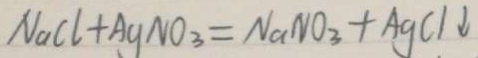
N a C l + A g N O _ { 3 } = N a N O _ { 3 } + A g C l \downarrow